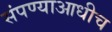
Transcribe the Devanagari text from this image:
संपण्याआधीच